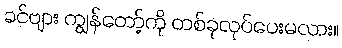
ခင်ဗျား ကျွန်တော့်ကို တစ်ခုလုပ်ပေးမလား။